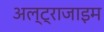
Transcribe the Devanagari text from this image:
अल्ट्राजाइम